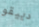
دييقو